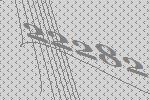
22282